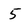
Character: 5